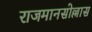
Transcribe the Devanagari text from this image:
राजमानसोल्लास